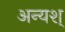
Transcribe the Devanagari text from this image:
अन्यश्